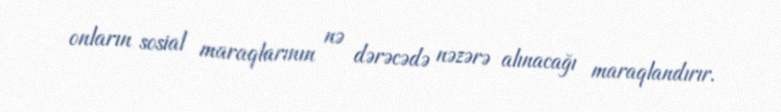
onların sosial maraqlarının nə dərəcədə nəzərə alınacağı maraqlandırır.